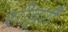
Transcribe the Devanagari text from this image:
शोहरी